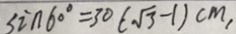
\sin 6 0 ^ { \circ } = 3 0 ( \sqrt { 3 } - 1 ) c m ,